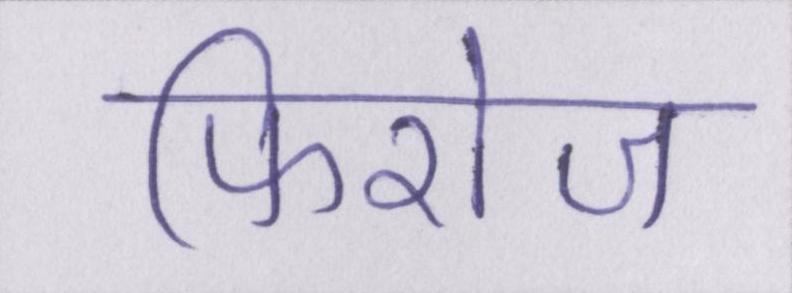
फिरोज